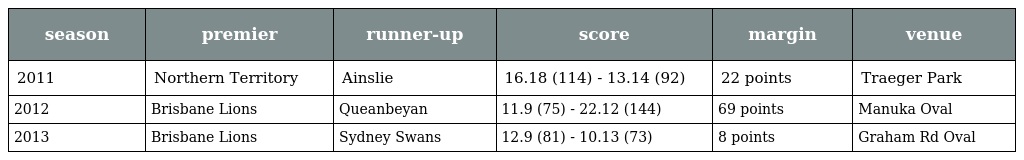
| season | premier | runner-up | score | margin | venue |
 | --- | --- | --- | --- | --- | --- |
 | 2011 | Northern Territory | Ainslie | 16.18 (114) - 13.14 (92) | 22 points | Traeger Park |
 | 2012 | Brisbane Lions | Queanbeyan | 11.9 (75) - 22.12 (144) | 69 points | Manuka Oval |
 | 2013 | Brisbane Lions | Sydney Swans | 12.9 (81) - 10.13 (73) | 8 points | Graham Rd Oval |